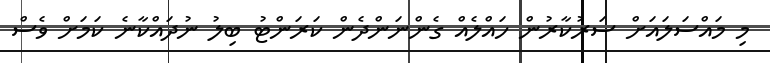
މި މައްސަލައަށް ސަރުކާރުން ހައްލެއް ގެންނަންދެން ކަރަންޓު ބިލު ނުދައްކާނެ ކަމަށް ވެސް